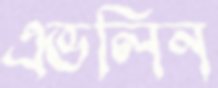
এভলিন